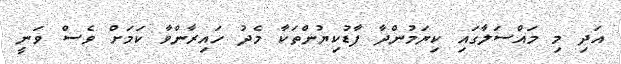
އަދި މި މައްސަލާގައި ކިޔަމުންދާ ފާޑުކިޔުންތަކާ މެދު ހައިރާންވާ ކަމަށް ވެސް ވަނީ